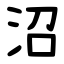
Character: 沼